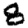
Digit: 8